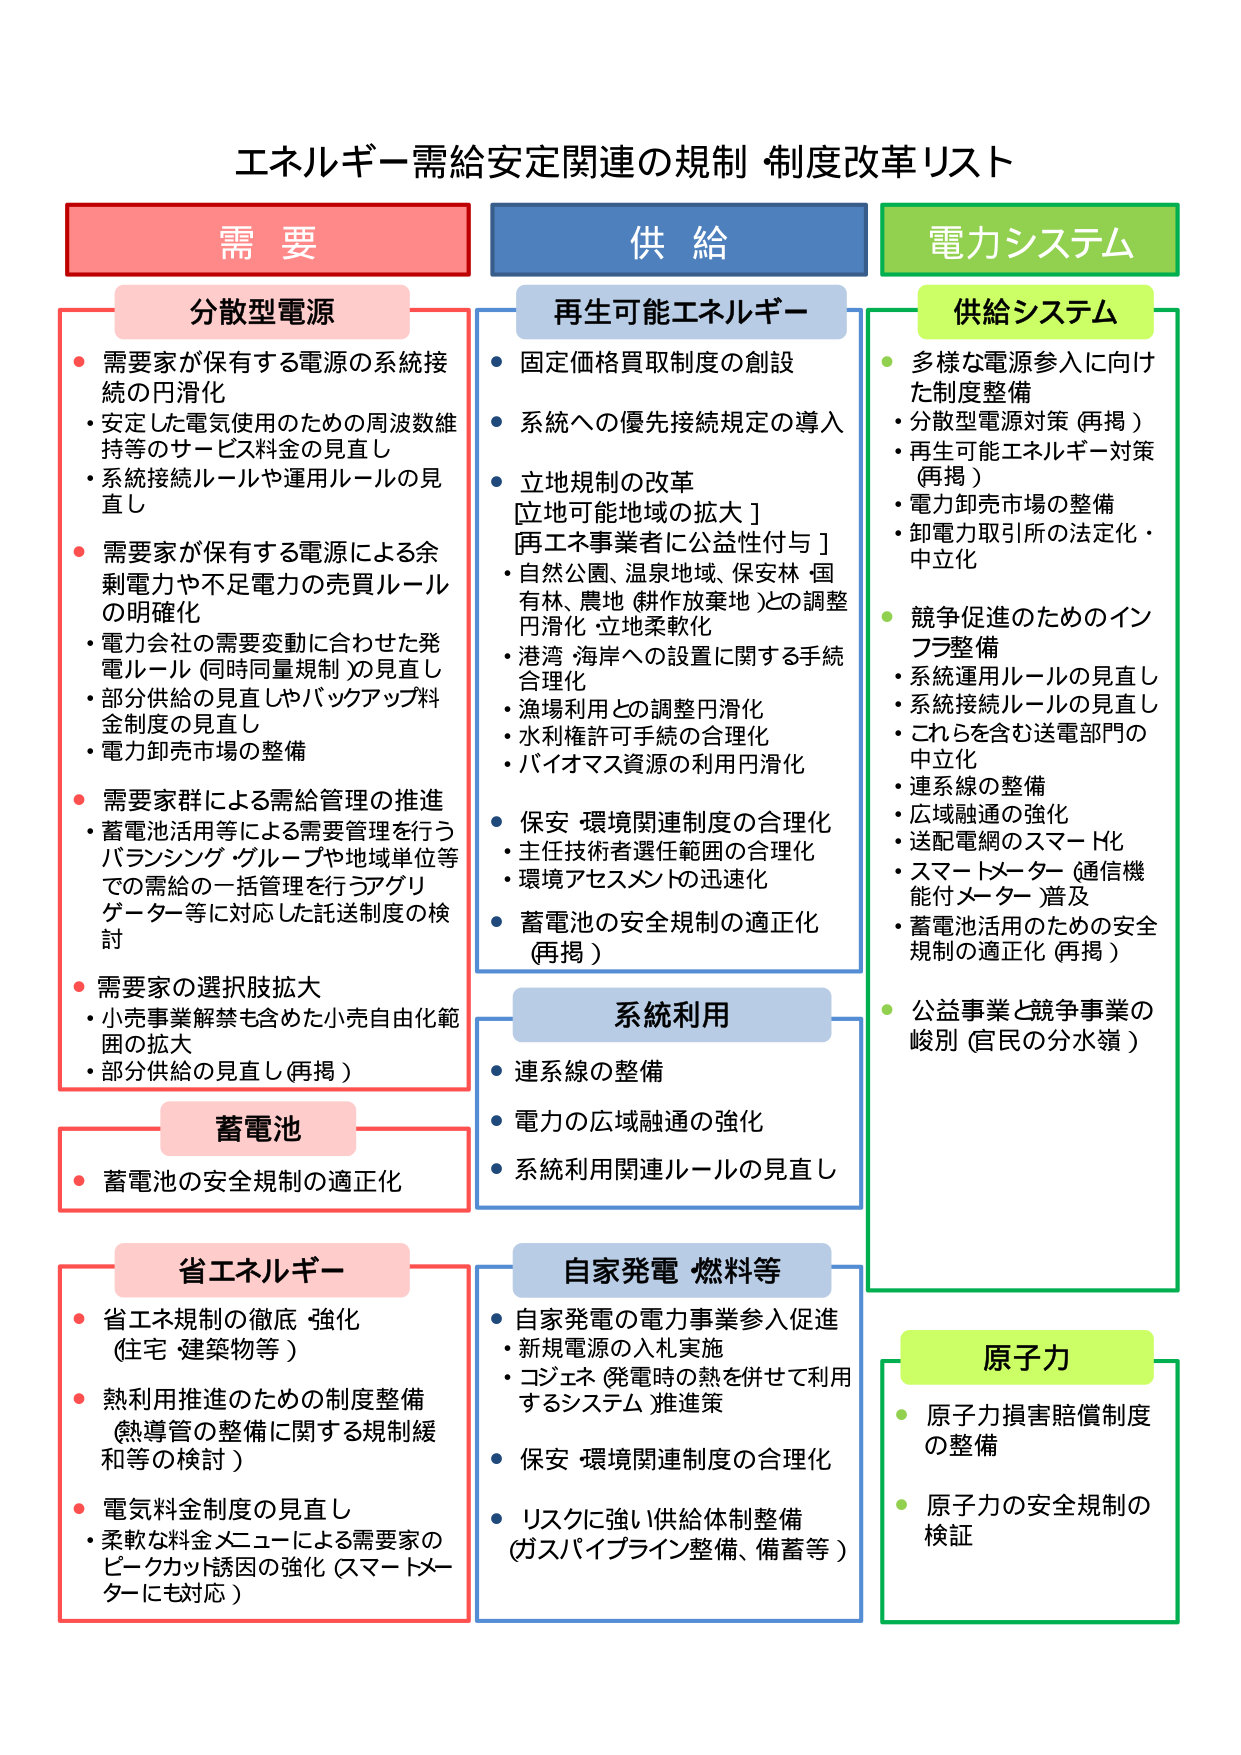
エネルギー需給安定関連の規制 制度改革リスト

需要
分散型電源
・需要家が保有する電源の系統接続の円滑化
・安定した電気使用のための周波数維持等のサービス料金の見直し
・系統接続ルールや運用ルールの見直し
・需要家が保有する電源による余剰電力や不足電力の売買ルールの明確化
・電力会社の需要変動に合わせた発電ルール（同時同量規制）の見直し
・部分供給の見直しやバックアップ料金制度の見直し
・電力卸売市場の整備
・需要家群による需給管理の推進
　・蓄電池活用等による需要管理を行うバランスイング・グループや地域単位等での需給の一括管理を行うアグリゲーター等に対応した託送制度の検討
・需要家の選択肢拡大
　・小売事業解禁も含めた小売自由化範囲の拡大
　・部分供給の見直し（再掲）

蓄電池
・蓄電池の安全規制の適正化

省エネルギー
・省エネ規制の徹底・強化（住宅・建築物等）
・熱利用推進のための制度整備（熱導管の整備に関する規制緩和等の検討）
・電気料金制度の見直し
　・柔軟な料金メニューによる需要家のピークカット誘因の強化（スマートメーターにも対応）

供給
再生可能エネルギー
・固定価格買取制度の創設
・系統への優先接続規定の導入
・立地規制の改革
　［立地可能地域の拡大］
　［再エネ事業者に公益性付与］
　・自然公園、温泉地域、保安林・国有林、農地（耕作放棄地）との調整円滑化・立地柔軟化
　・港湾・海岸への設置に関する手続合理化
　・漁場利用との調整円滑化
　・水利権許可手続の合理化
　・バイオマス資源の利用円滑化
・保安・環境関連制度の合理化
　・主任技術者選任範囲の合理化
　・環境アセスメントの迅速化
・蓄電池の安全規制の適正化（再掲）

系統利用
・連系線の整備
・電力の広域融通の強化
・系統利用関連ルールの見直し

自家発電 燃料等
・自家発電の電力事業参入促進
　・新規電源の入札実施
　・コジェネ（発電時の熱を併せて利用するシステム）推進策
・保安・環境関連制度の合理化
・リスクに強い供給体制整備（ガスパイプライン整備、備蓄等）

電力システム
供給システム
・多様な電源参入に向けた制度整備
　・分散型電源対策（再掲）
　・再生可能エネルギー対策（再掲）
　・電力卸売市場の整備
　・卸電力取引所の法定化・中立化
・競争促進のためのインフラ整備
　・系統運用ルールの見直し
　・系統接続ルールの見直し
　・これらを含む送電部門の中立化
　・連系線の整備
　・広域融通の強化
　・送配電網のスマート化
　・スマートメーター（通信機能付メーター）普及
　・蓄電池活用のための安全規制の適正化（再掲）
・公益事業と競争事業の峻別（官民の分水嶺）

原子力
・原子力損害賠償制度の整備
・原子力の安全規制の検証